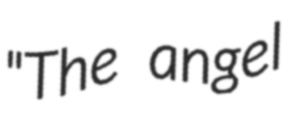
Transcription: "The angel